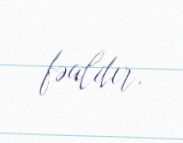
fəaldır.